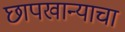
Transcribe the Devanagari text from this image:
छापखान्याचा